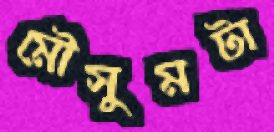
মৌসুমটা